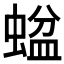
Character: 𱿶